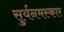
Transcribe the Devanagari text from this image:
सुर्यनमस्कार